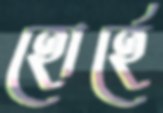
হোর্হে